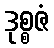
ဒုစ္စဇံ